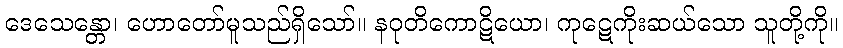
ဒေသေန္တော၊ ဟောတော်မူသည်ရှိသော်။ နဝုတိကောဋိယော၊ ကုဋေကိုးဆယ်သော သူတို့ကို။